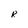
Character: R